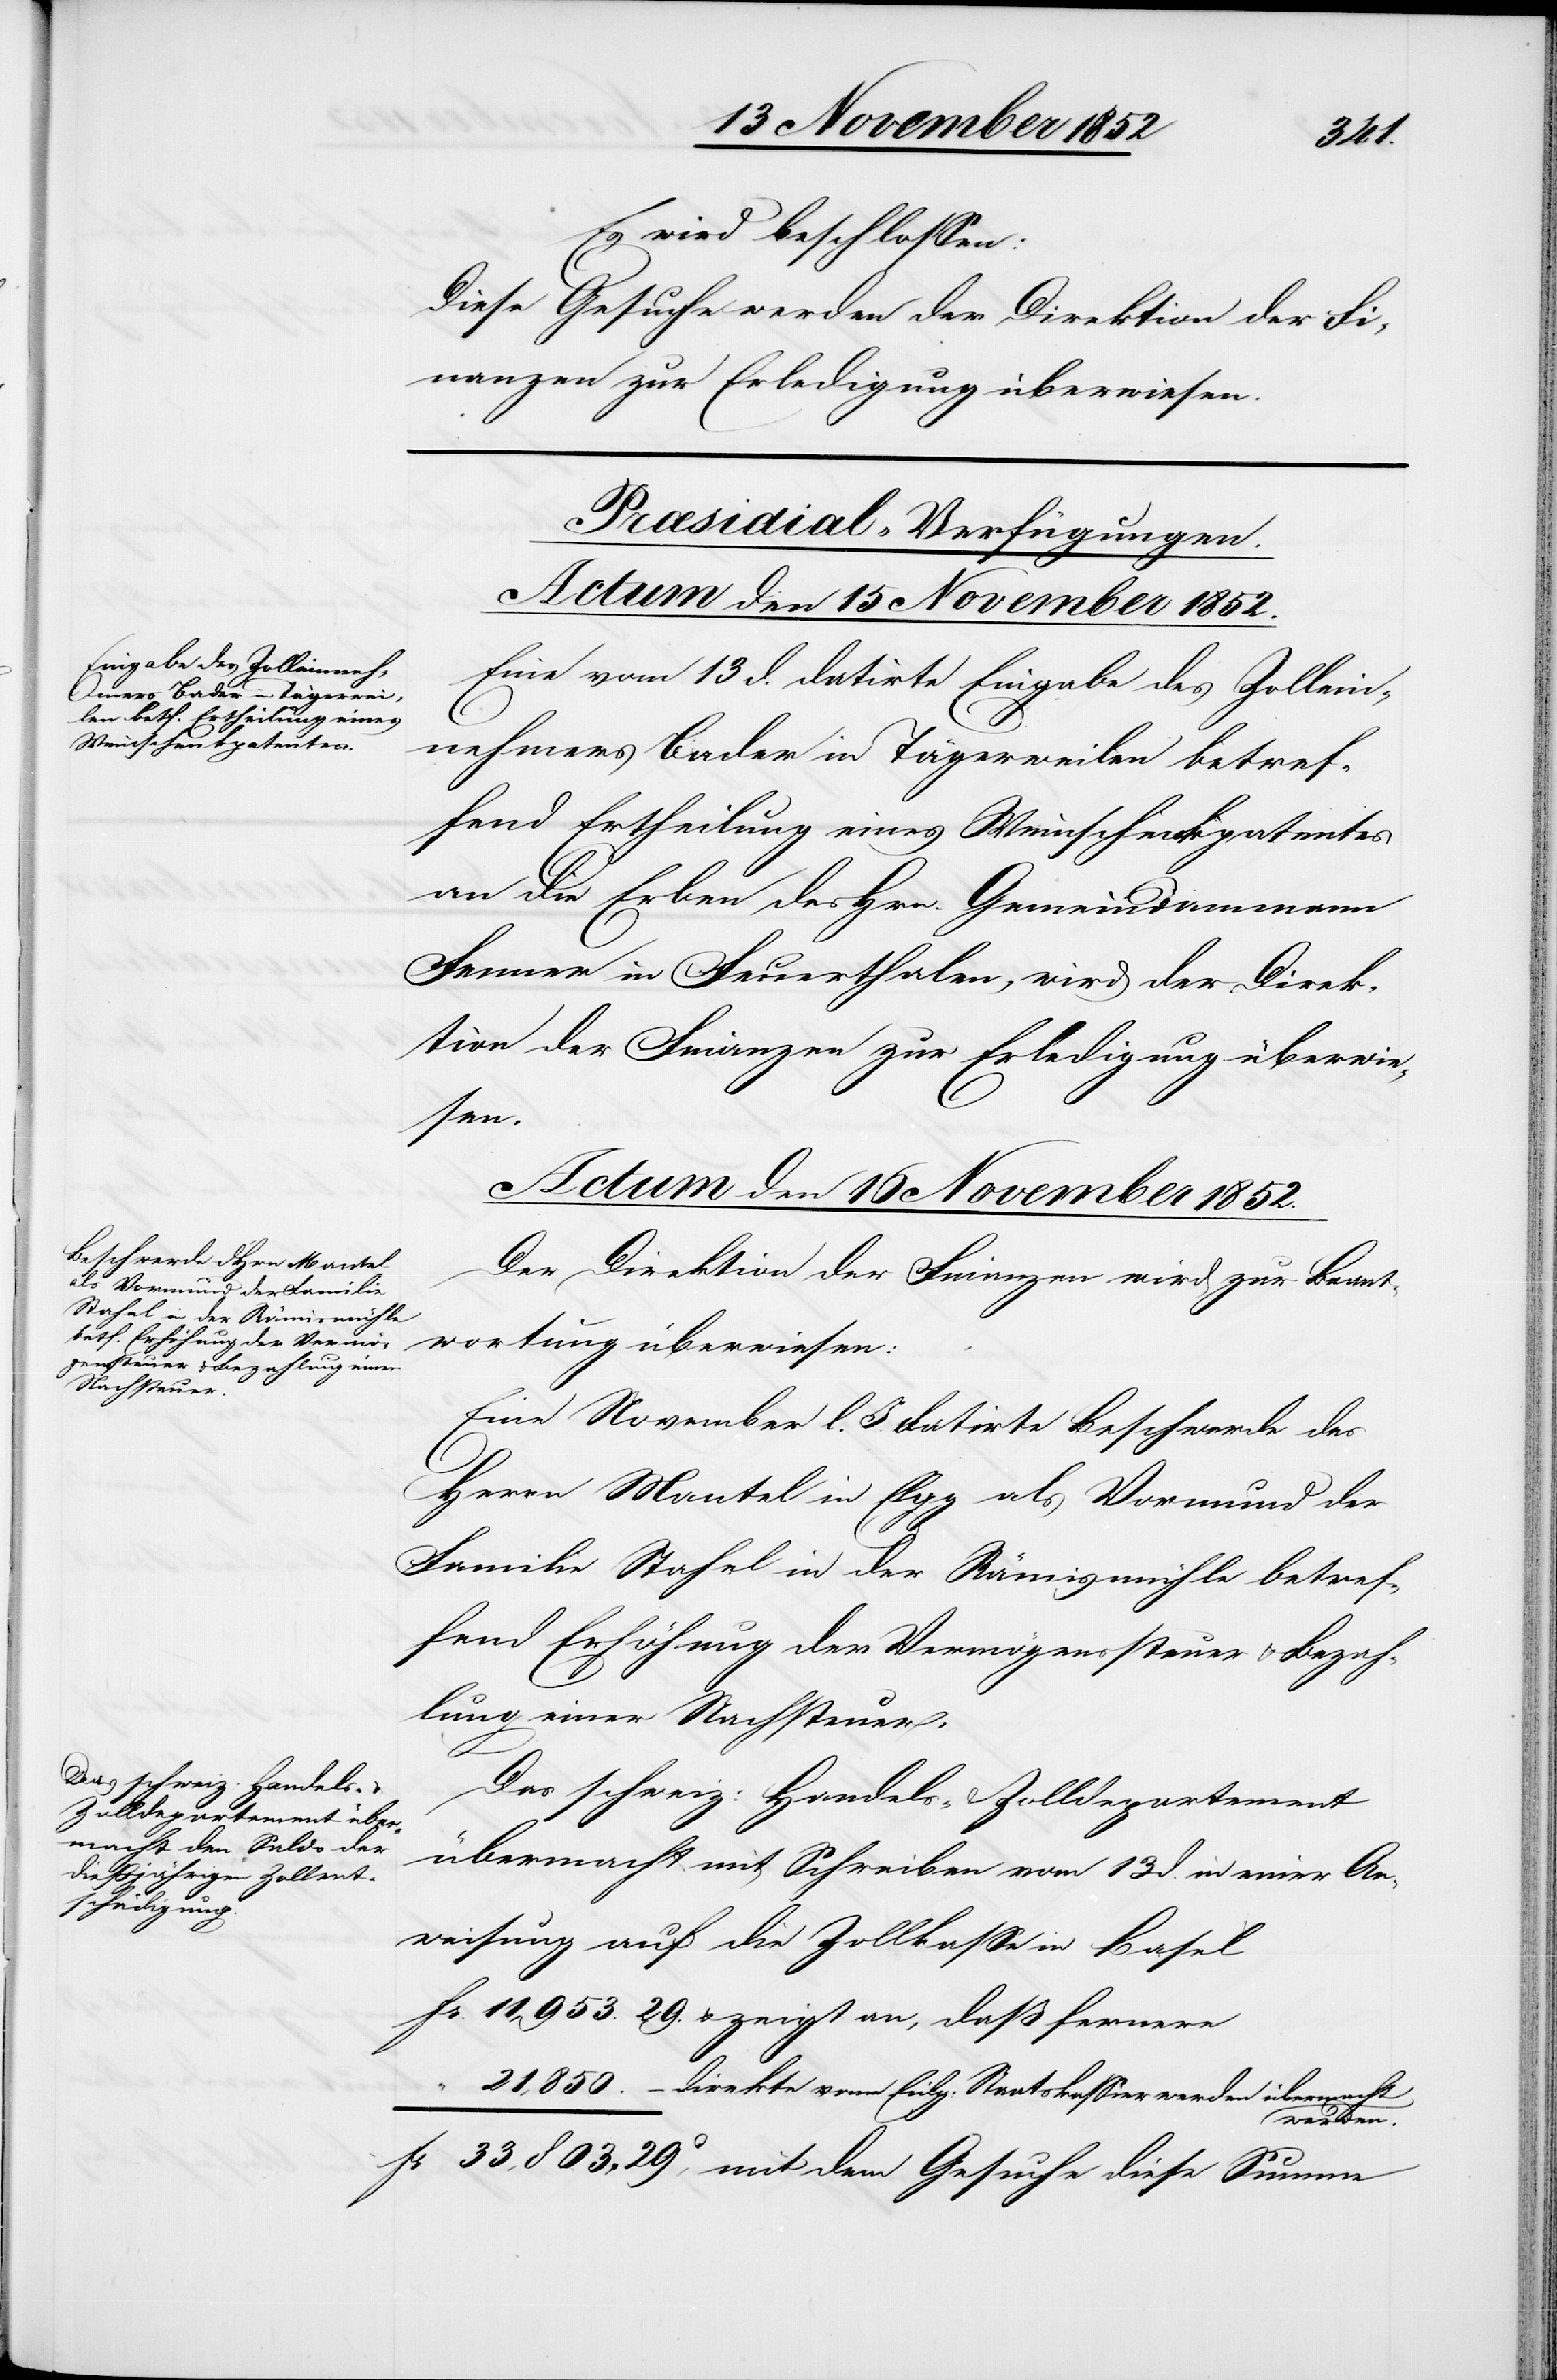
mit
Es wird beschlossen:
Diese Gesuche werden der Direktion der Fi¬
nanzen zur Erledigung überwiesen.
[Præsidial-Verfügungen.
Actum den 16 November 1852.]
Eine vom 13 d. datirte Eingabe des Zollein¬
nehmers Bader in Tägerweilen betref¬
fend Ertheilung eines Weinschenkpatentes
an die Erben des Hrn. Gemeindammann
Fenner in Feuerthalen, wird der Direk¬
tion der Finanzen zur Erledigung überwie¬
dem
Der Direktion der Finanzen wird zur Beant¬
wortung überwiesen:
Eine November l. J. datirte Beschwerde des
Herrn Mantel in Elgg als Vormund der
Familie Stahel in der Rämismühle betref¬
fend Erhöhung der Vermögenssteuer & Bezah¬
lung einer Nachsteuer.
Das schweiz: Handels- & Zolldepartement
übermacht mit Schreiben vom 13 d. in einer An¬
weisung auf die Zollkasse in Basel
& zeigt an, daß fernere
direkte vom Eidg: Staatskassier werden übermacht
werden.